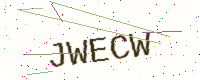
Text: JWECW